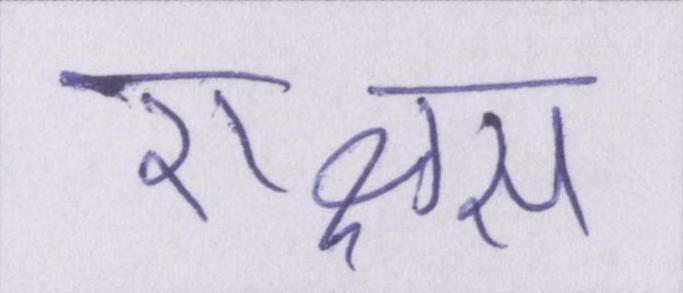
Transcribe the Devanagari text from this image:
राक्षस